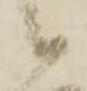
候